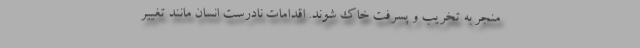
منجر به تخریب و پسرفت خاک شوند. اقدامات نادرست انسان مانند تغییر